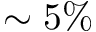
\sim 5 \%